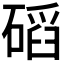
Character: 𥔿